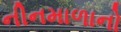
નીનમાળાનો